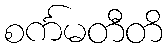
စင်္ကမတီတိ